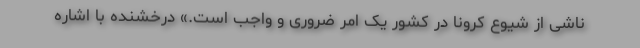
ناشی از شیوع کرونا در کشور یک امر ضروری و واجب است.» درخشنده با اشاره